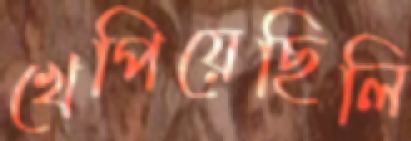
খেপিয়েছিলি